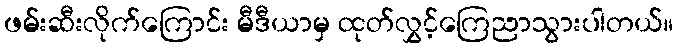
ဖမ်းဆီးလိုက်ကြောင်း မီဒီယာမှ ထုတ်လွှင့်ကြေညာသွားပါတယ်။